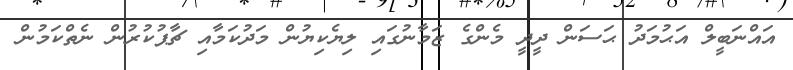
އައްނަބީލް އަޙުމަދު ޙަސަން ދީދީ މެންގެ ޒަމާނުގައި ލިޔެކިޔުން މަދުކަމާއި ޗާޕުކުރުން ނެތްކަމުން